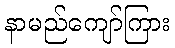
နာမည်ကျော်ကြား